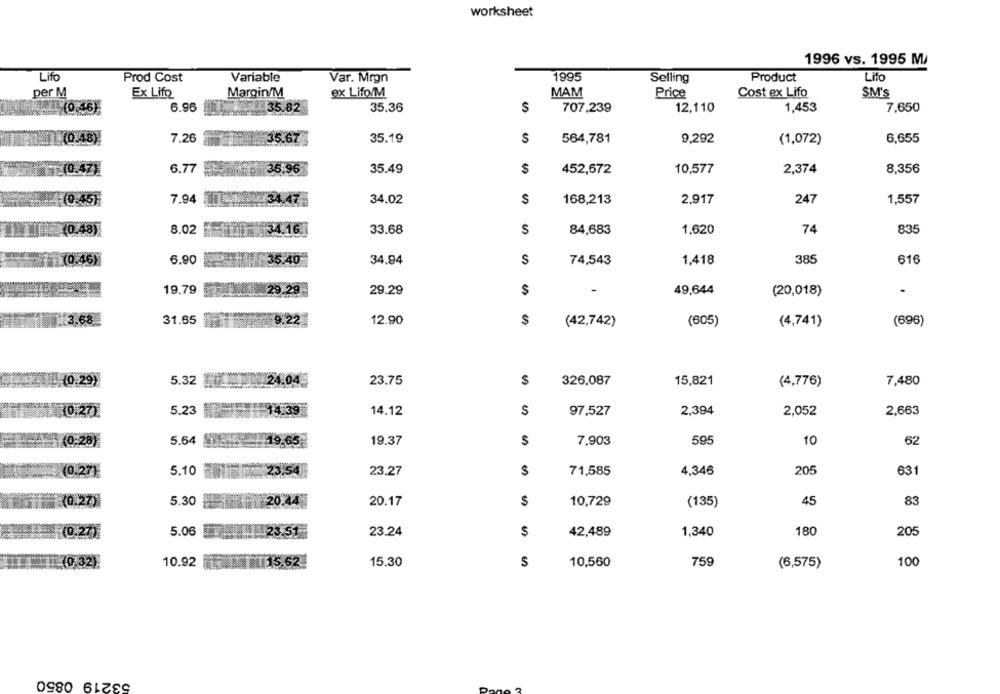
worksheet
1996 vs. 1995 M/
Lifo
1995
Product
Life
Prod Cost
Variable
Var. Mrgn
Selling
per M
Ex Lifo
Margin/M
ex Lifo/M
MAM
Price
Cost ex Lifo
SM's
6.96
35.82
35.36
$
707,239
12,110
1,453
7,650
7.26
35.19
S
564,781
9,292
(1,072)
6,655
6.77
35.96
35.49
$
452,672
10,577
2,374
8,356
0.451
7.94
34.02
S
168,213
2,917
247
1,557
8.02
S
74
33.68
84,683
1,620
835
6.90
34.94
S
74,543
1,418
385
616
19.79
29.29
$
49,644
(20,018)
31.65
22
12.90
$
(42,742)
(605)
(4,741)
(696)
5.32 1
.04
23.75
$
326.087
15,821
(4,776)
7,480
5.23
14.12
S
97,527
2,394
2,052
2,663
5.64
19.37
7,903
595
10
62
(0.27)
5.10
54
23.27
$
71,585
4,346
205
631
45
(0.27)
5.30
0.44
20.17
$
10,729
(135)
83
271
5.06
3.51
23.24
$
42,489
1,340
180
205
10.92
1 15.62
10,560
759
100
15.30
$
(6,575)
53219 0850